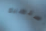
أستطيع